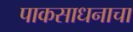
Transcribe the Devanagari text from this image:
पाकसाधनाचा